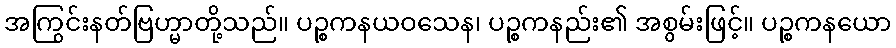
အကြွင်းနတ်ဗြဟ္မာတို့သည်။ ပဉ္စကနယဝသေန၊ ပဉ္စကနည်း၏ အစွမ်းဖြင့်။ ပဉ္စကနယော